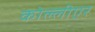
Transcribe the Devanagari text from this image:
कोल्लीएर